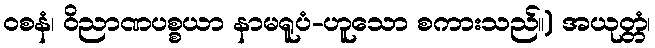
ဝစနံ၊ ဝိညာဏပစ္စယာ နာမရူပံ-ဟူသော စကားသည်။) အယုတ္တံ၊